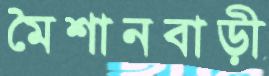
মৈশানবাড়ী